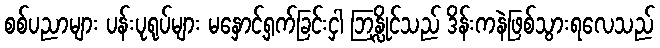
စစ်ပညာများ ပန်းပုရုပ်များ မနှောင့်ရှက်ခြင်းငှါ ဘြန္လိုင်သည် ဒိန်းကနဲဖြစ်သွားရလေသည်